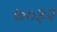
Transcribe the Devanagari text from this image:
७०३२